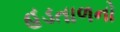
હડતાળનો